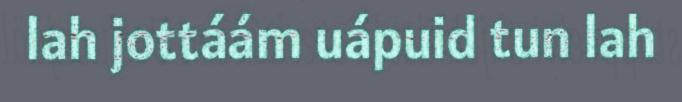
lah jottáám uápuid tun lah